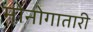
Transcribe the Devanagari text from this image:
मोनोगातारी